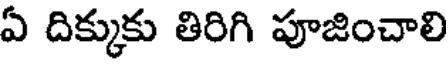
ఏ దిక్కుకు తిరిగి పూజించాలి